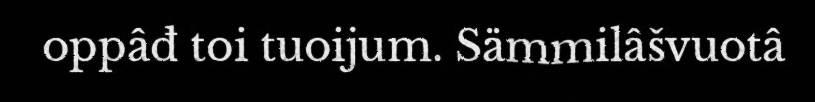
oppâđ toi tuoijum. Sämmilâšvuotâ